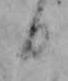
日